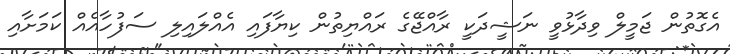
އެގޮތުން ޖަމީލް ވިދާޅުވީ ނަޝީދަކީ ރާއްޖޭގެ ރައްޔިތުން ކިޔާފައި އެއްލައިލި ސަފުހާއެއް ކަމަށާއި